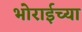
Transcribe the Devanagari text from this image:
भोराईच्या